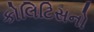
કોલિટિસનો